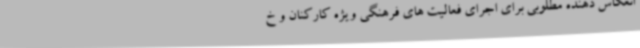
انعکاس دهنده مطلوبی برای اجرای فعالیت های فرهنگی ویژه کارکنان و خ